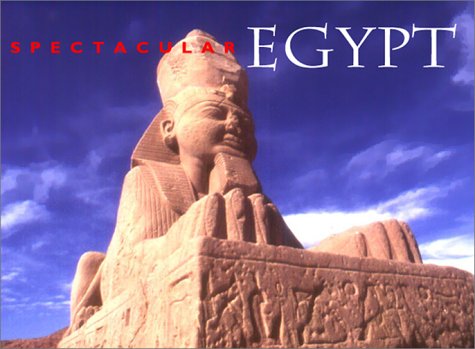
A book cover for Spectacular Egypt (Specatular Series); Travel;